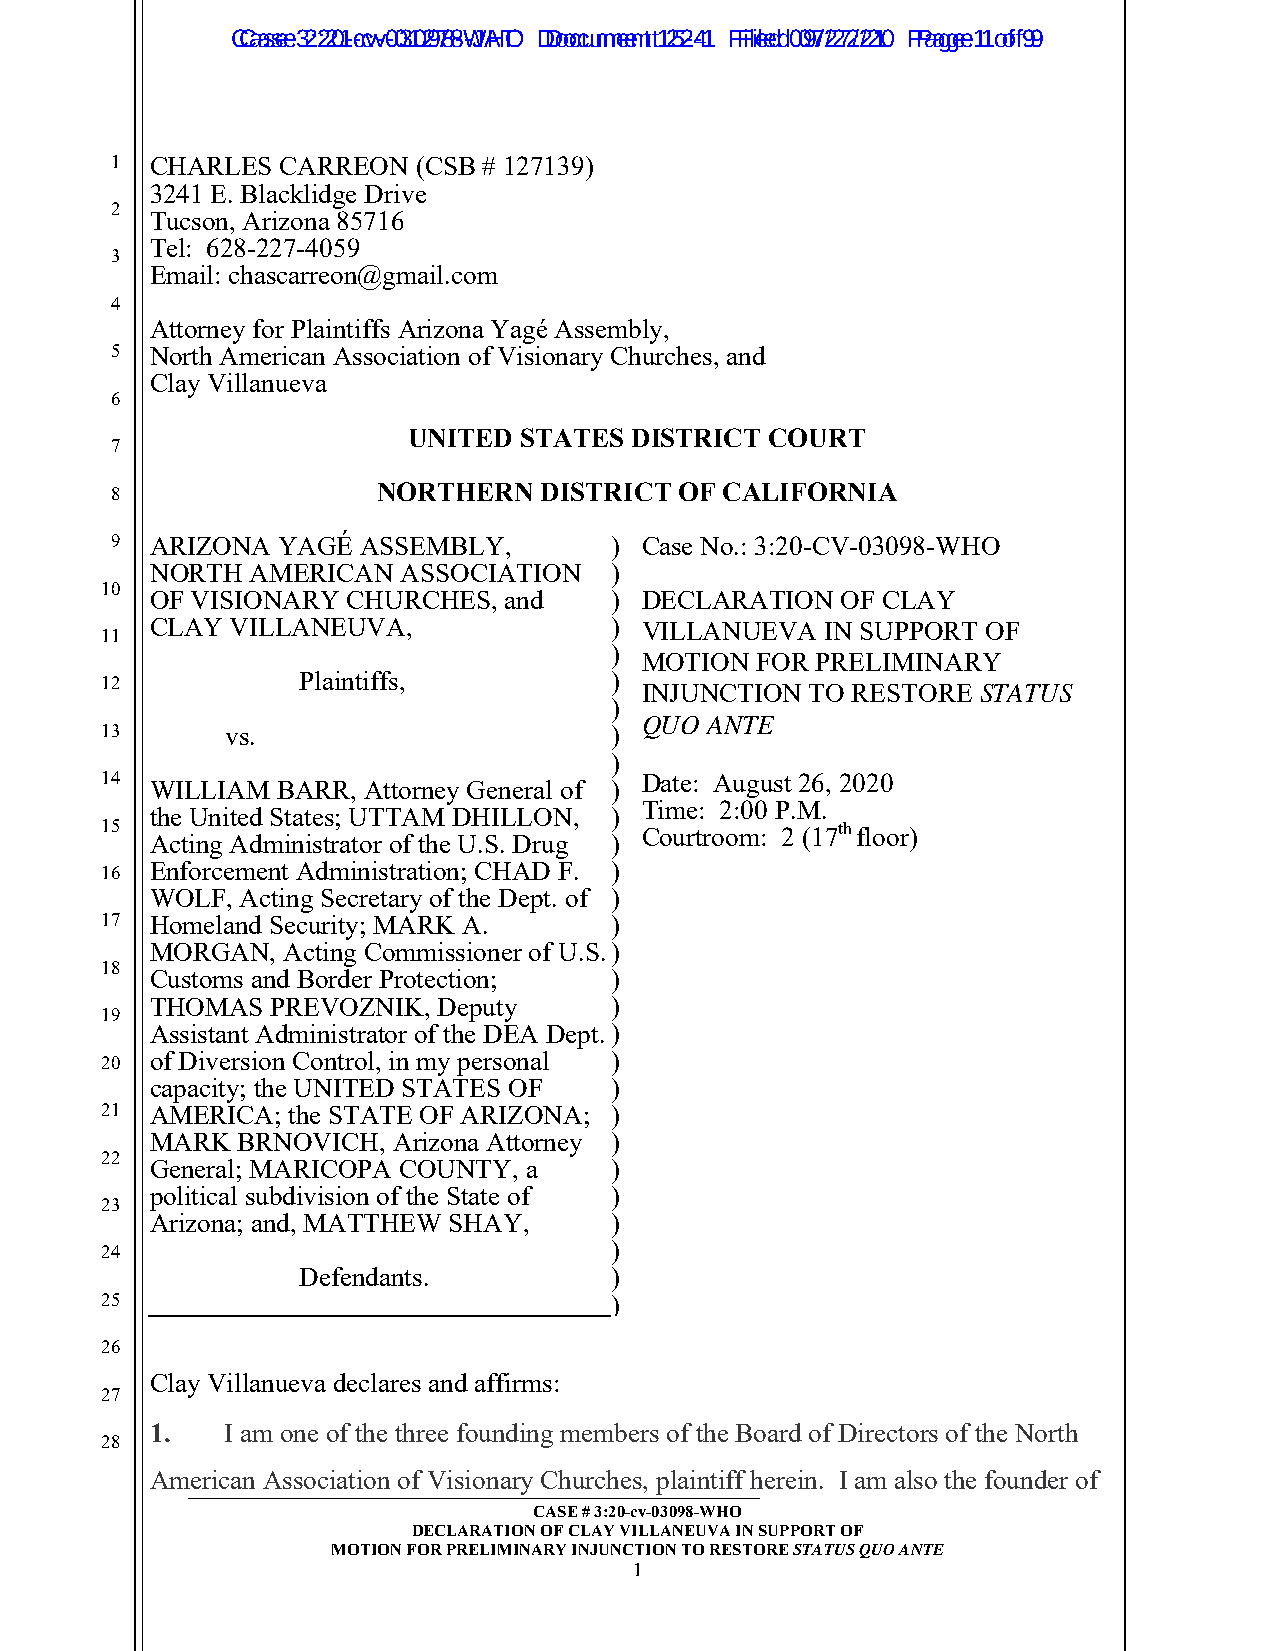
CCaassee 3 2:2:201--ccvv--0031029788--WJAHTO D Dooccuummeennt t1 252-4-1 F Filieledd 0 097/2/272/2/210 P Paaggee 1 1 o of f9 9
 1  CHARLES  CARREON  (CSB # 127139)
 3241 E. Blacklidge Drive
 2
 Tucson, Arizona 85716
 Tel: 628-227-4059
 3
 Email: chascarreon@gmail.com
 4
 Attorney for Plaintiffs Arizona Yagé Assembly,
 5  North American Association of Visionary Churches, and
 Clay Villanueva
 6
 UNITED STATES  DISTRICT COURT
 7
 8                 NORTHERN   DISTRICT OF CALIFORNIA
 9  ARIZONA YAGÉ  ASSEMBLY,       ) Case No.: 3:20-CV-03098-WHO
 NORTH  AMERICAN  ASSOCIATION  )
 10
 OF VISIONARY CHURCHES, and    ) DECLARATION   OF CLAY
 CLAY VILLANEUVA,              ) VILLANUEVA   IN SUPPORT OF
 11
 )
 MOTION  FOR PRELIMINARY
 12           Plaintiffs,         ) INJUNCTION  TO RESTORE STATUS
 )
 QUO  ANTE
 13      vs.                      )
 )
 14                                 Date: August 26, 2020
 WILLIAM BARR, Attorney General of )
 Time: 2:00 P.M.
 the United States; UTTAM DHILLON, )
 15                                 Courtroom: 2 (17th floor)
 Acting Administrator of the U.S. Drug )
 16 Enforcement Administration; CHAD F. )
 WOLF, Acting Secretary of the Dept. of )
 17 Homeland Security; MARK A.    )
 MORGAN,  Acting Commissioner of U.S. )
 18
 Customs and Border Protection; )
 THOMAS  PREVOZNIK, Deputy     )
 19
 Assistant Administrator of the DEA Dept. )
 20 of Diversion Control, in my personal )
 capacity; the UNITED STATES OF )
 21 AMERICA; the STATE OF ARIZONA; )
 MARK  BRNOVICH, Arizona Attorney )
 22
 General; MARICOPA COUNTY, a   )
 political subdivision of the State of )
 23
 Arizona; and, MATTHEW SHAY,   )
 24                               )
 Defendants.         )
 25                               )
 26
 Clay Villanueva declares and affirms:
 27
 1.   I am one of the three founding members of the Board of Directors of the North
 28
 American Association of Visionary Churches, plaintiff herein. I am also the founder of
 _____________________________________________________________
 CASE # 3:20-cv-03098-WHO
 DECLARATION OF CLAY VILLANEUVA IN SUPPORT OF
 MOTION FOR PRELIMINARY INJUNCTION TO RESTORE STATUS QUO ANTE
 1